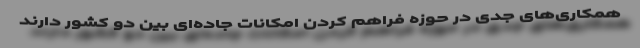
همکاری‌های جدی در حوزه فراهم کردن امکانات جاده‌ای بین دو کشور دارند